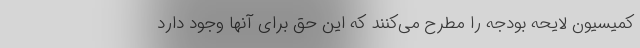
کمیسیون لایحه بودجه را مطرح می‌کنند که این حق برای آنها وجود دارد